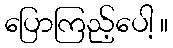
ပြောကြည့်ပေါ့ ။